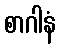
စာဂါနံ